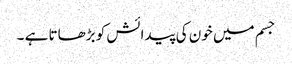
جسم میں خون کی پیدائش کو بڑھاتا ہے ۔